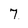
Character: 7